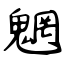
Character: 魍